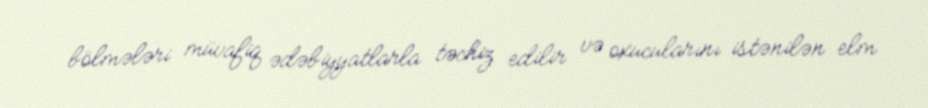
bölmələri müvafiq ədəbiyyatlarla təchiz edilir və oxucularını istənilən elm